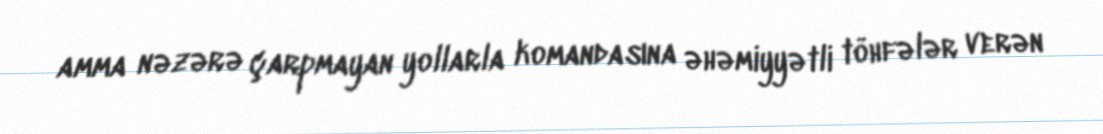
amma nəzərə çarpmayan yollarla komandasına əhəmiyyətli töhfələr verən